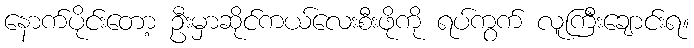
နောက်ပိုင်းတော့ ဦးမှာဆိုင်ကယ်လေးစီးဖိုကို ရပ်ကွက် လူကြီးချောင်းရ။